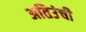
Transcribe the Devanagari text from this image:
अतिउंची